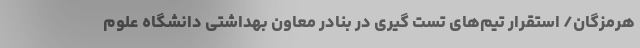
هرمزگان/ استقرار تیم‌های تست گیری در بنادر معاون بهداشتی دانشگاه علوم